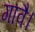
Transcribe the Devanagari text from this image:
गावै।